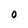
Character: O